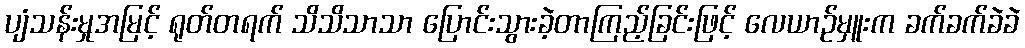
ပျံသန်းမှုအမြင့် ရုတ်တရက် သိသိသာသာ ပြောင်းသွားခဲ့တာကြည့်ခြင်းဖြင့် လေယာဉ်မှူးက ခက်ခက်ခဲခဲ